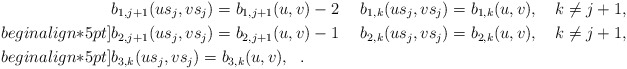
\begin{align*}&b_{1, j+1}(us_j,vs_j)=b_{1, j+1}(u,v)-2\ \ \ \ b_{1, k}(us_j,vs_j)=b_{1, k}(u,v),\ \ \ k\neq j+1,\\begin{align*}5pt]&b_{2, j+1}(us_j,vs_j)=b_{2, j+1}(u,v)-1\ \ \ \ b_{2, k}(us_j,vs_j)=b_{2, k}(u,v),\ \ \ k\neq j+1,\\begin{align*}5pt]&b_{3, k}(us_j,vs_j)=b_{3, k}(u,v),\ \ .\end{align*}